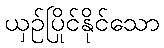
ယှဉ်ပြိုင်နိုင်သော